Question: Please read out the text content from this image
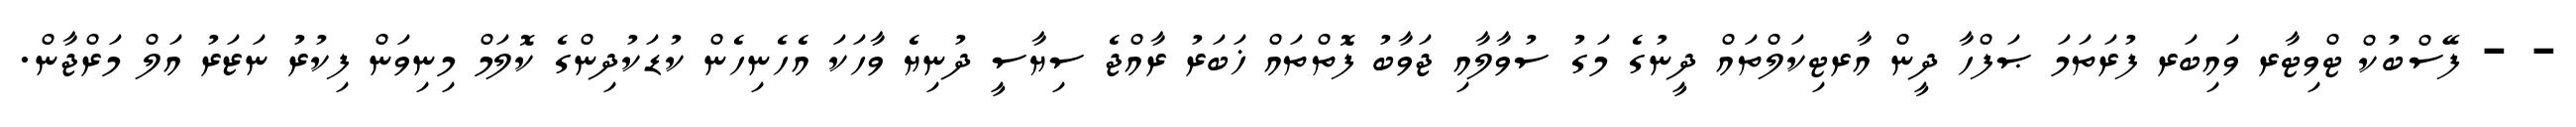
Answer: - - ފޭސްބުކް ޓްވިޓާރ ވައިބަރ ފުރަތަމަ ޞަފްހާ ދީން އާރޓިކަލްތައް ދީނުގެ މަގު ސުވާލާއި ޖަވާބު ފޮތްތައް ޚަބަރު ރާއްޖެ ސިޔާސީ ދުނިޔެ ވާހަކަ އެހެނިހެން ކުޑަކުދިންގެ ކޮލަމް މިނިވަން ފިކުރު ނަޒަރު އަލް މަރްޖާން.